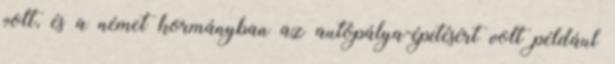
volt, és a német kormányban az autópálya-építésért volt például